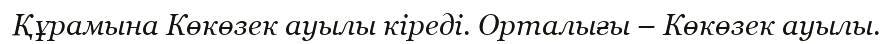
Құрамына Көкөзек ауылы кіреді. Орталығы – Көкөзек ауылы.